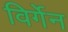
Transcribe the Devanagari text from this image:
विर्गेन